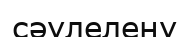
сәулелену